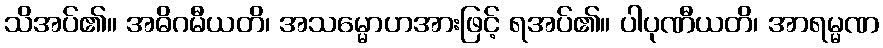
သိအပ်၏။ အဓိဂမီယတိ၊ အသမ္မောဟအားဖြင့် ရအပ်၏။ ပါပုဏီယတိ၊ အာရမ္မဏ